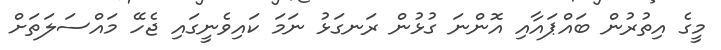
މީގެ އިތުރުން ބައްޕައާއި އޮންނަ ގުޅުން ރަނގަޅު ނަމަ ކައިވެނީގައި ޖެހޭ މައްސަލަތަށް